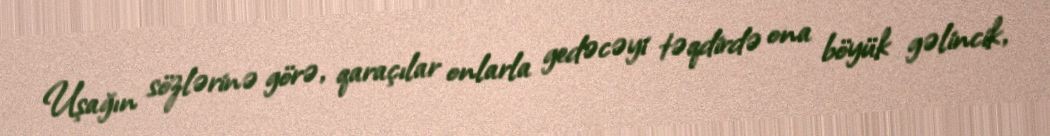
Uşağın sözlərinə görə, qaraçılar onlarla gedəcəyi təqdirdə ona böyük gəlincik,